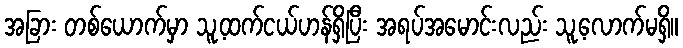
အခြား တစ်ယောက်မှာ သူ့ထက်ငယ်ဟန်ရှိပြီး အရပ်အမောင်းလည်း သူ့လောက်မရှိ။